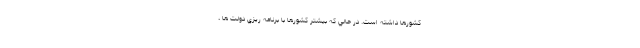
كشورها داشته است. در حالي كه بيشتر كشورها با برنامه ريزي دولت ها ،